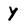
Character: Y